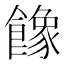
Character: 𩞧